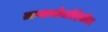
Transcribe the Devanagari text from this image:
ताऱ्याभोवतीदेखील